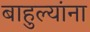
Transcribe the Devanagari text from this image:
बाहुल्यांना